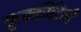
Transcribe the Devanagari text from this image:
कुक्कीटिनी